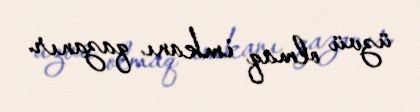
üzvü olmaq imkanı qazanır.